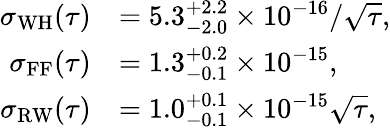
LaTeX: \begin{array}{rl}{\sigma_{\mathrm{WH}}(\tau)}&{=5.3_{-2.0}^{+2.2}\times 10^{-16}/\sqrt{\tau},}\\ {\sigma_{\mathrm{FF}}(\tau)}&{=1.3_{-0.1}^{+0.2}\times 10^{-15},}\\ {\sigma_{\mathrm{RW}}(\tau)}&{=1.0_{-0.1}^{+0.1}\times 10^{-15}\sqrt{\tau},}\end{array}